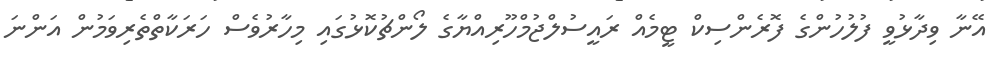
އޭނާ ވިދާޅުވީ ފުލުހުންގެ ފޮރެންސިކް ޓީމެއް ރައީސުލްޖުމްހޫރިއްޔާގެ ލޯންޗުކޮޅުގައި މިހާރުވެސް ހަރަކާތްތެރިވަމުން އަންނަ